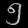
Digit: ၅